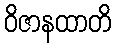
ဝိဇာနထာတိ